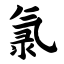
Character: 氯